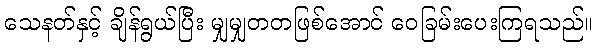
သေနတ်နှင့် ချိန်ရွယ်ပြီး မျှမျှတတဖြစ်အောင် ဝေခြမ်းပေးကြရသည်။